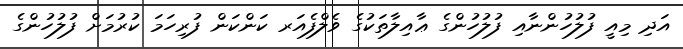
އަދި މިއީ ފުލުހުންނާއި ފުލުހުންގެ ޢާއިލާތަކުގެ ވެލްފެއަރ ކަންކަން ފުރިހަމަ ކުރުމަށް ފުލުހުންގެ